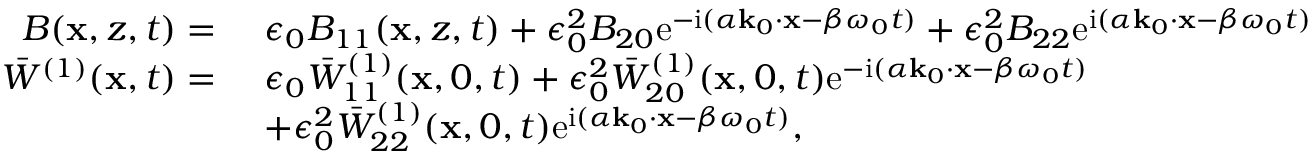
\begin{array} { r l } { B ( \mathbf { x } , z , t ) = ~ } & { \epsilon _ { 0 } B _ { 1 1 } ( \mathbf { x } , z , t ) + \epsilon _ { 0 } ^ { 2 } B _ { 2 0 } \mathrm { e } ^ { - \mathrm { i } ( \alpha \mathbf { k } _ { 0 } \cdot \mathbf { x } - \beta \omega _ { 0 } t ) } + \epsilon _ { 0 } ^ { 2 } B _ { 2 2 } \mathrm { e } ^ { \mathrm { i } ( \alpha \mathbf { k } _ { 0 } \cdot \mathbf { x } - \beta \omega _ { 0 } t ) } } \\ { \bar { W } ^ { ( 1 ) } ( \mathbf { x } , t ) = ~ } & { \epsilon _ { 0 } \bar { W } _ { 1 1 } ^ { ( 1 ) } ( \mathbf { x } , 0 , t ) + \epsilon _ { 0 } ^ { 2 } \bar { W } _ { 2 0 } ^ { ( 1 ) } ( \mathbf { x } , 0 , t ) \mathrm { e } ^ { - \mathrm { i } ( \alpha \mathbf { k } _ { 0 } \cdot \mathbf { x } - \beta \omega _ { 0 } t ) } } \\ & { + \epsilon _ { 0 } ^ { 2 } \bar { W } _ { 2 2 } ^ { ( 1 ) } ( \mathbf { x } , 0 , t ) \mathrm { e } ^ { \mathrm { i } ( \alpha \mathbf { k } _ { 0 } \cdot \mathbf { x } - \beta \omega _ { 0 } t ) } , } \end{array}